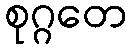
စုဂ္ဂတေ